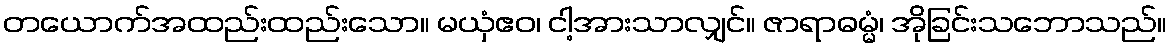
တယောက်အထည်းထည်းသော။ မယှံဧဝ၊ ငါ့အားသာလျှင်။ ဇာရာဓမ္မံ၊ အိုခြင်းသဘောသည်။